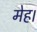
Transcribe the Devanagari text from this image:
मेह।